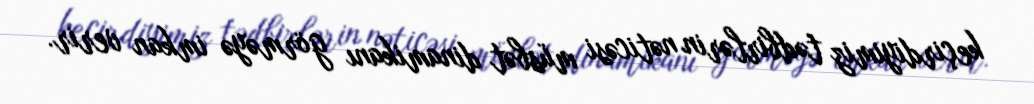
keçirdiyimiz tədbirlərin nəticəsi müsbət dinamikanı görməyə imkan verir.